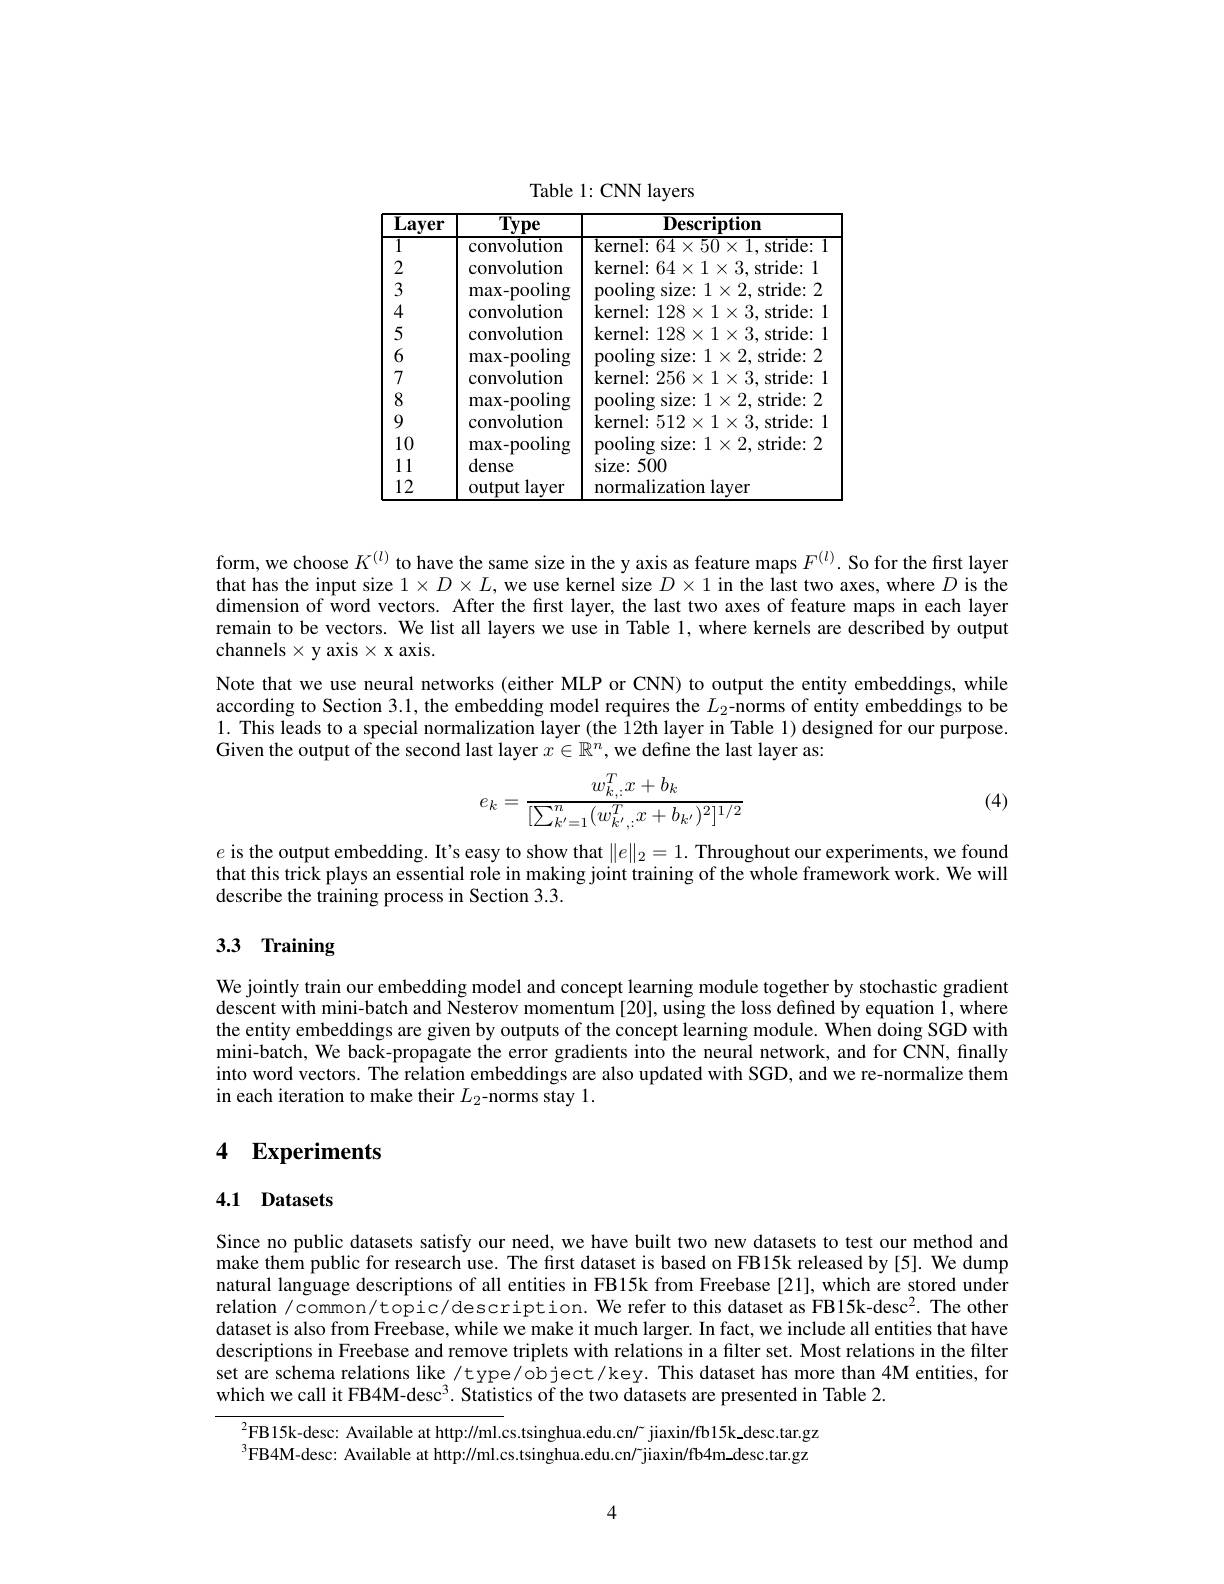
Table 1: CNN layers

<table>
	<tbody>
		<tr>
			<th>$\overline{\textbf{Layer}}$</th>
			<th>$\overline{\mathbf{Type}}$</th>
			<th>$\overline{\textbf{Description}}$</th>
		</tr>
		<tr>
			<td>$\overline{1}$</td>
			<td>convolution</td>
			<td>$\overline{\mathrm{kernel:~64\times50\times1,~stride:}}$</td>
		</tr>
		<tr>
			<td>2</td>
			<td>convolution</td>
			<td>kernel: $64\times1\times3.$ stride: 1</td>
		</tr>
		<tr>
			<td>3</td>
			<td>max- pooling</td>
			<td>pooling size: $1\times2$, stride: 2</td>
		</tr>
		<tr>
			<td>4</td>
			<td>convolution</td>
			<td>kernel: $128\times1\times3$, stride: </td>
		</tr>
		<tr>
			<td></td>
			<td>convolution</td>
			<td>kernel: $128\times1\times3$, stride: </td>
		</tr>
		<tr>
			<td>6</td>
			<td>max- pooling</td>
			<td>pooling size: $1\times2$, stride: 2</td>
		</tr>
		<tr>
			<td>7</td>
			<td>convolution</td>
			<td>$i\times1\times3.$stride: kernel: 256</td>
		</tr>
		<tr>
			<td></td>
			<td>max-pooling</td>
			<td>pooling size: $1\times2.$stride:2</td>
		</tr>
		<tr>
			<td>9</td>
			<td>convolution</td>
			<td>kernel: $512\times1\times3.$ stride: </td>
		</tr>
		<tr>
			<td>12</td>
			<td>output t layer</td>
			<td>normalization laver</td>
		</tr>
	</tbody>
</table>

form, we choose $K^{(l)}$ to have the same size in the y axis as feature maps $F^{(l)}.$ So for the first layer that has the input size $1\times D\times L$, we use kernel size $D\times1$ in the last two axes, where $D$ is the dimension of word vectors. After the first layer, the last two axes of feature maps in each layer remain to be vectors. We list all layers we use in Table 1, where kernels are described by output channels $\times$ y axis $\times$ x axis.
Note that we use neural networks (either MLP or CNN) to output the entity embeddings, while according to Section 3.1, the embedding model requires the $L_{2}$-norms of entity embeddings to be 1. This leads to a special normalization layer ( the 12th layer in Table 1) designed for our purpose. Given the output of the second last layer $x\in\mathbb{R}^n$, we define the last layer as:
$$e_k=\frac{w_{k,:}^Tx+b_k}{[\sum_{k'=1}^n(w_{k',:}^Tx+b_{k'})^2]^{1/2}}$$
(4)

$e$ is the output embedding. It's easy to show that $\|e\|_2=1.$ Throughout our experiments, we found that this trick plays an essential role in making joint training of the whole framework work. We will describe the training process in Section 3.3.

# 3.3 Training

We jointly train our embedding model and concept learning module together by stochastic gradient descent with mini-batch and Nesterov momentum[20], using the loss defined by equation 1, where the entity embeddings are given by outputs of the concept learning module. When doing SGD with mini-batch, We back-propagate the error gradients into the neural network, and for CNN, finally into word vectors. The relation embeddings are also updated with SGD, and we re-normalize them in each iteration to make their $L_2$-norms stay l.

## 4 $\mathbf{Experiments}$

### 4.1 Datasets

Since no public datasets satisfy our need, we have built two new datasets to test our method and make them public for research use. The first dataset is based on FB15k released by [5]. We dump natural language descriptions of all entities in FB15k from Freebase [21], which are stored under relation /common/topic/description. We refer to this dataset as FB15k-desc$^2.$ The other dataset is also from Freebase, while we make it much larger. In fact, we include all entities that have descriptions in Freebase and remove triplets with relations in a filter set. Most relations in the filter set are schema relations like /type/object/key. This dataset has more than 4M entities, for which we call it FB4M-desc$^3.$ Statistics of the two datasets are presented in Table 2.

$^{2}$FB15k-desc: Available at http://ml.cs.tsinghua.edu.cn/~jiaxin/fb15k\_desc.tar.gz $^{3}$FB4M-desc: Available at http://ml.cs.tsinghua.edu.cn/7jiaxin/fb4m.desc.tar.gz

4